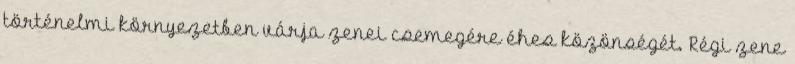
történelmi környezetben várja zenei csemegére éhes közönségét. Régi zene